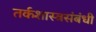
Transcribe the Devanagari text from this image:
तर्कशास्त्रसंबंधी